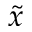
\tilde { x }